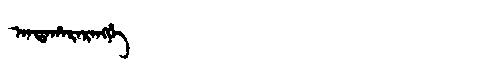
Manchu: ᠠᠨᡨᠠᡥᠠᡵᠠᡵᠠᠩᡤᡝ
Romanization: ANTAHARARANGGE